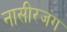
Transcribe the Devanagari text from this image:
नासीरजंग